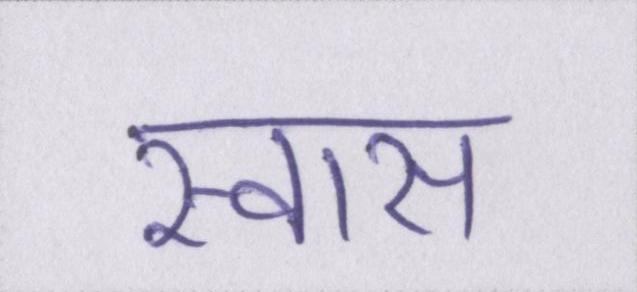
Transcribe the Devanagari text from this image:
स्वास